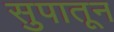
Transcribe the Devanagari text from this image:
सुपातून